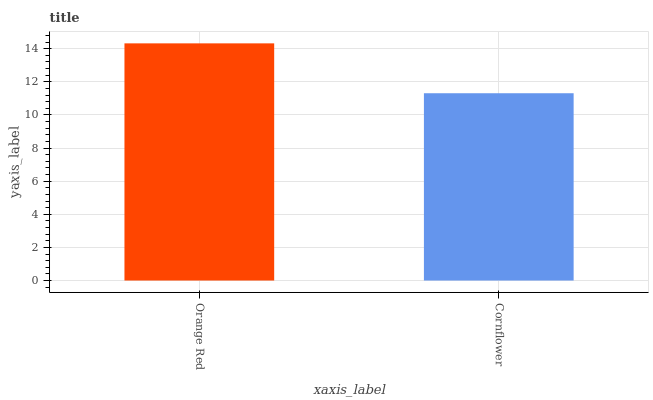
| xaxis_label | bars |
 | --- | --- |
 | Orange Red | 14.3 |
 | Cornflower | 11.3 |